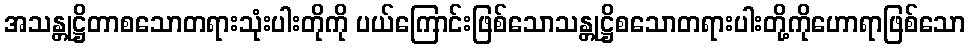
အသန္တုဋ္ဌိတာစသောတရားသုံးပါးတိုကို ပယ်ကြောင်းဖြစ်သောသန္တုဋ္ဌိစသောတရားပါးတို့ကိုဟောရာဖြစ်သော